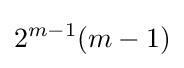
2^{m-1}(m-1)